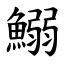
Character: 鰯